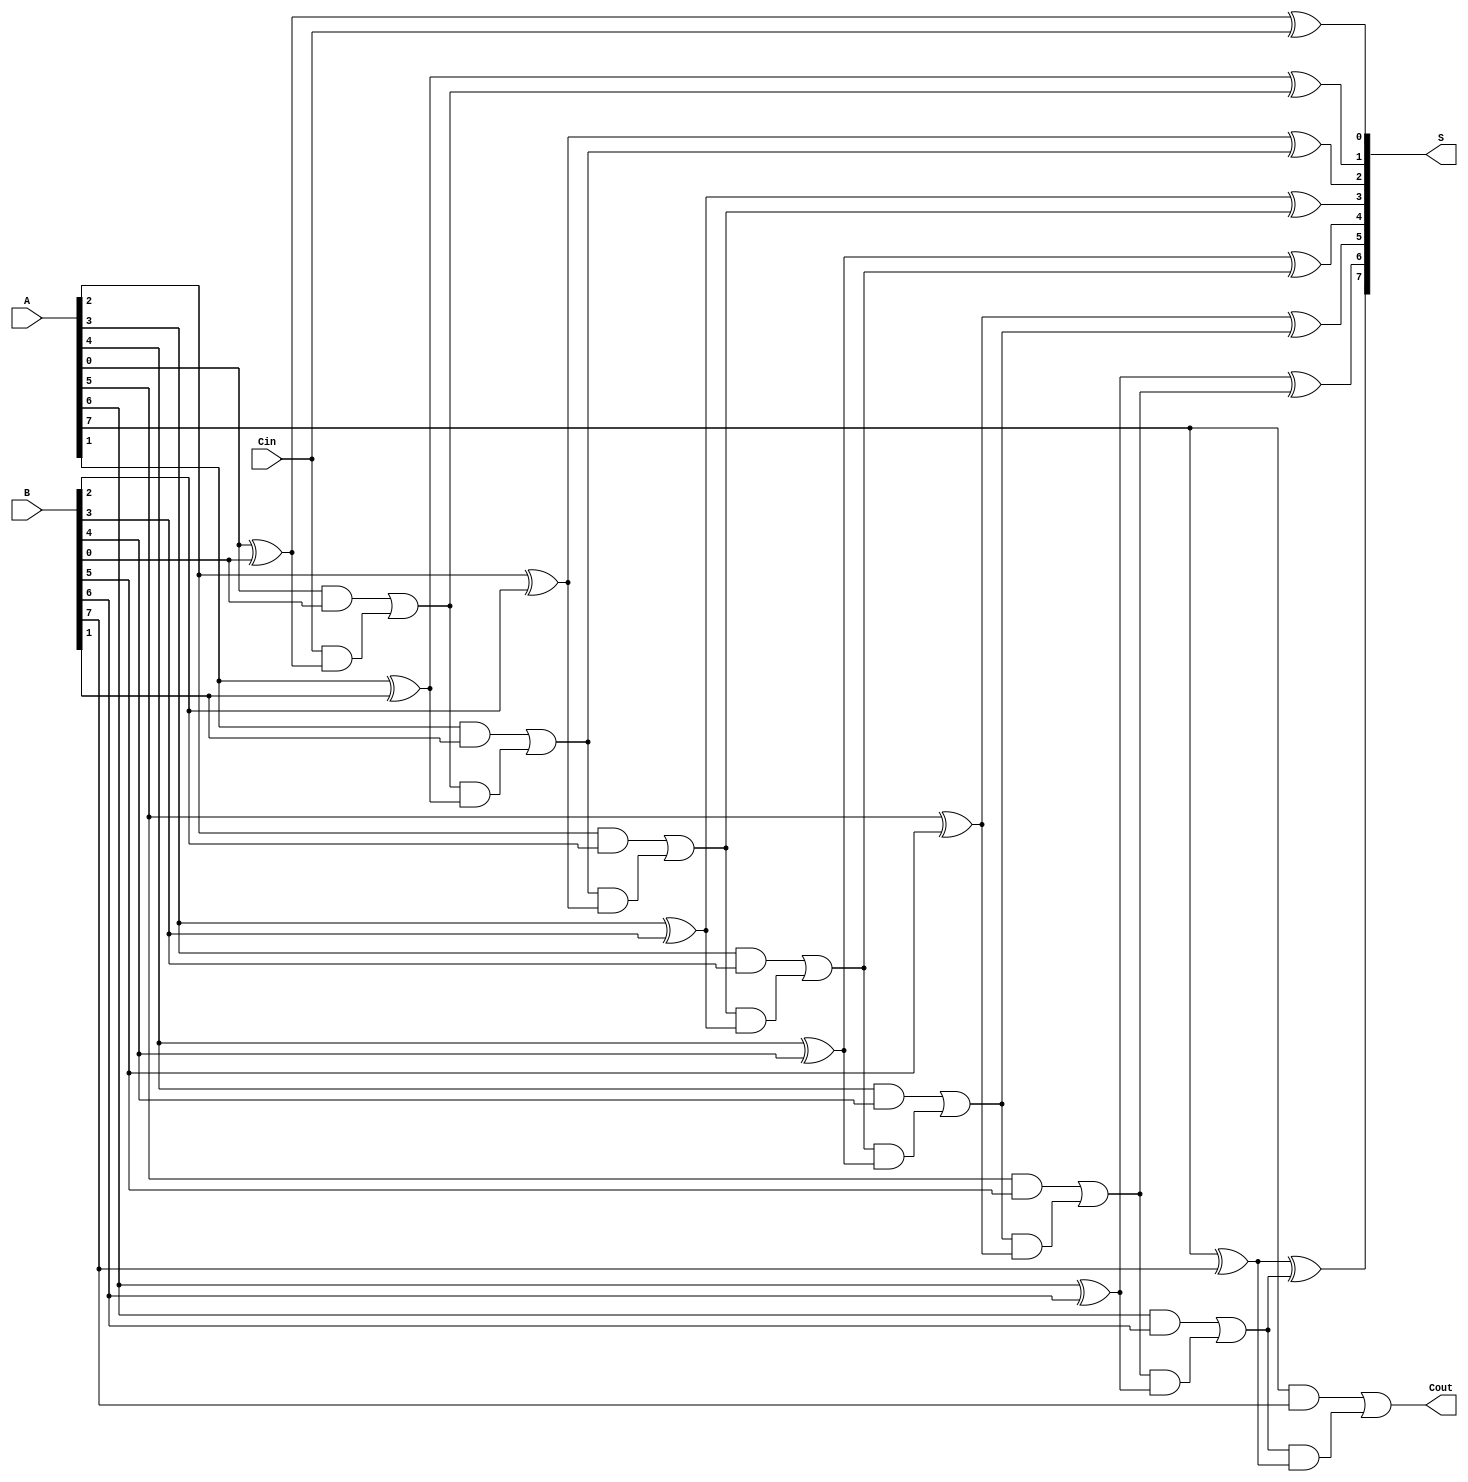
module Manchester_Carry_Chain_Adder #(
    parameter N = 8 // Default bit-width is 8
)(
    input  [N-1:0] A,    // First operand
    input  [N-1:0] B,    // Second operand
    input           Cin,  // Carry-in
    output [N-1:0] S,    // Sum output
    output          Cout   // Carry-out
);

    wire [N:0] C; // Carry signals (C[0] is Cin)

    // Generate carry signals
    assign C[0] = Cin; // Initial carry is the carry-in
    genvar i;

    generate
        for (i = 0; i < N; i = i + 1) begin : carry_generation
            assign S[i] = A[i] ^ B[i] ^ C[i]; // Sum calculation
            assign C[i + 1] = (A[i] & B[i]) | (C[i] & (A[i] ^ B[i])); // Carry computation
        end
    endgenerate

    assign Cout = C[N]; // Final carry-out is the last carry signal

endmodule